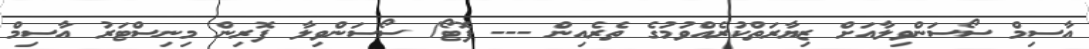
އާސިމް ސޯސަންވިލާއަށް ޒިޔާރަތްކުރެއްވުމުގެ ތެރެއިން --- ފޮޓޯ/ ސޯސަންވިލާ ފޮރިން މިނިސްޓަރު އާސިމް